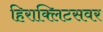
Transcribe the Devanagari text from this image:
हिराक्लिटसवर